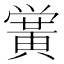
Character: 黉